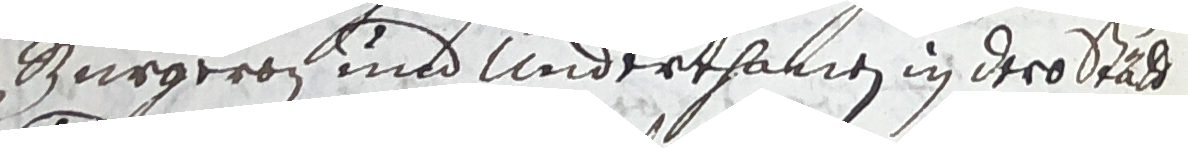
Burgers und underthamen in dero stält